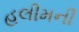
હલીમની